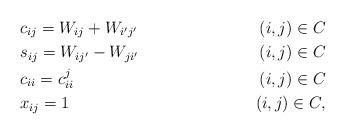
LaTeX: \begin{align*}&c_{ij} = W_{ij} + W_{i'j'} & (i,j)\in C\\ &s_{ij} = W_{ij'} - W_{ji'} & (i,j)\in C\\ & c_{ii}= c_{ii}^j &(i,j) \in C \\&x_{ij} = 1 & (i,j)\in C ,\end{align*}